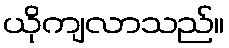
ယိုကျလာသည်။